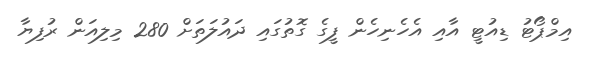
އިމްޕޯޓު ޑިއުޓީ އާއި އެހެނިހެން ފީގެ ގޮތުގައި ދައުލަތަށް 280 މިލިއަން ރުފިޔާ